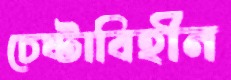
চেষ্টাবিহীন